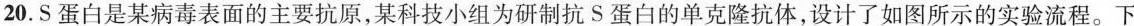
20.S蛋白是某病毒表面的主要抗原，某科技小组为研制抗S蛋白的单克隆抗体，设计了如图所示的实验流程。下